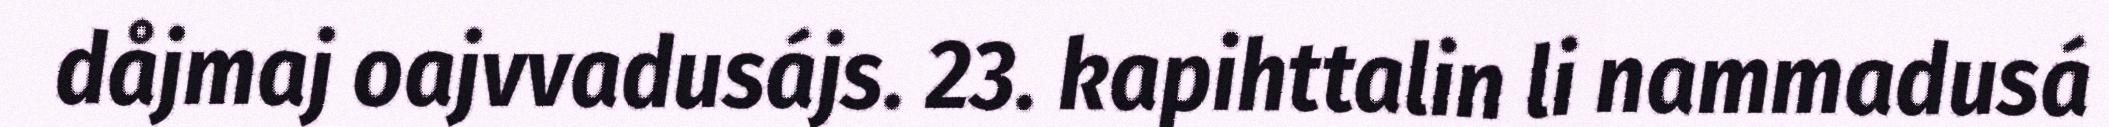
dåjmaj oajvvadusájs. 23. kapihttalin li nammadusá